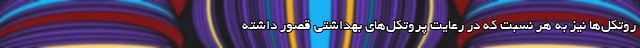
روتکل‌ها نیز به هر نسبت که در رعایت پروتکل‌های بهداشتی قصور داشته